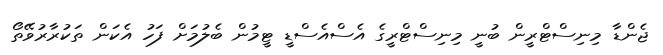
ޖެންޑާ މިނިސްޓްރީން ބުނީ މިނިސްޓްރީގެ އެސްއެސްޑީ ޓީމުން ބެލުމަށް ފަހު އެކަން ތަކުރާރުވޭތޯ